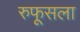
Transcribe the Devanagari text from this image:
रुफूसला